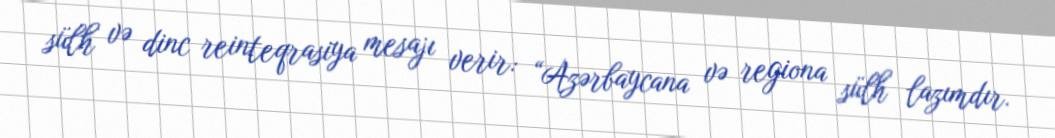
sülh və dinc reinteqrasiya mesajı verir: “Azərbaycana və regiona sülh lazımdır.